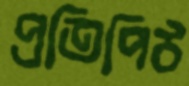
প্রতিপিঠ